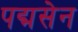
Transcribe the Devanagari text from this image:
पद्मसेन